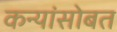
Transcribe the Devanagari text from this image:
कन्यांसोबत